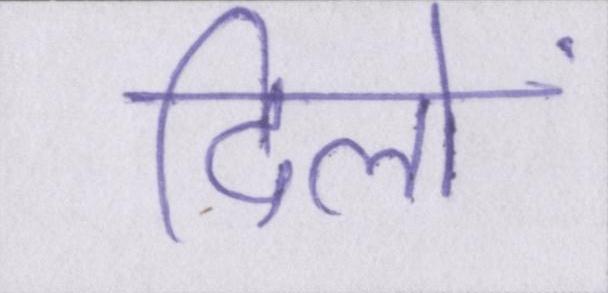
दिलों